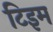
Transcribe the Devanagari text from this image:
टिइम